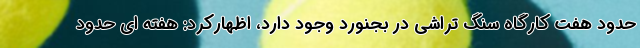
حدود هفت کارگاه سنگ تراشی در بجنورد وجود دارد، اظهارکرد: هفته ای حدود